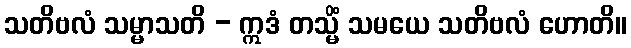
သတိဗလံ သမ္မာသတိ - ဣဒံ တသ္မိံ သမယေ သတိဗလံ ဟောတိ။